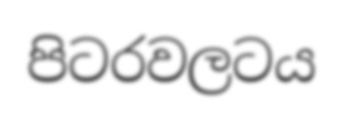
පිටරවලටය